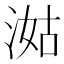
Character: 㴌